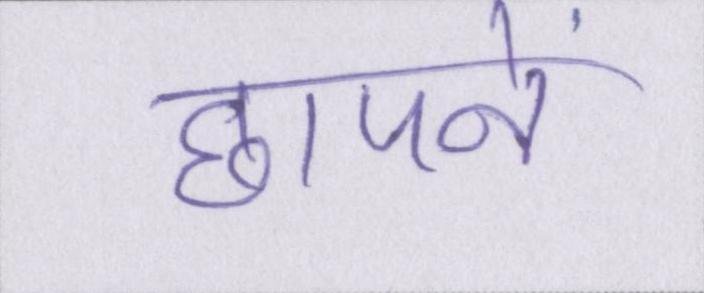
छापने